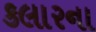
કલારના